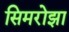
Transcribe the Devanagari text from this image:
सिमरोझा